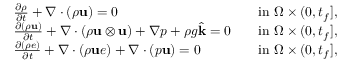
\begin{array} { r l r l } & { \frac { \partial \rho } { \partial t } + \nabla \cdot ( \rho \mathbf u ) = 0 } & & { \mathrm { i n ~ } \Omega \times ( 0 , t _ { f } ] , } \\ & { \frac { \partial ( \rho \mathbf u ) } { \partial t } + \nabla \cdot ( \rho \mathbf u \otimes \mathbf u ) + \nabla p + \rho g \widehat { \mathbf k } = \boldsymbol { 0 } } & & { \mathrm { i n ~ } \Omega \times ( 0 , t _ { f } ] , } \\ & { \frac { \partial ( \rho e ) } { \partial t } + \nabla \cdot ( \rho \mathbf u e ) + \nabla \cdot ( p \mathbf u ) = 0 } & & { \mathrm { i n ~ } \Omega \times ( 0 , t _ { f } ] , } \end{array}